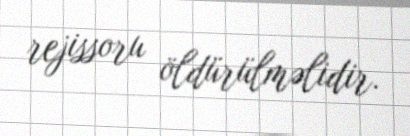
rejissoru öldürülməlidir.